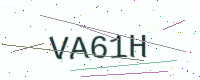
Text: VA61H